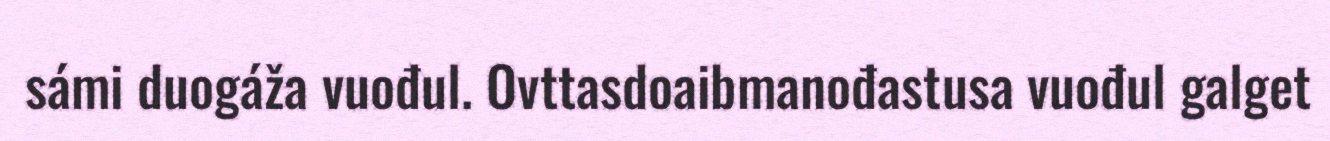
sámi duogáža vuođul. Ovttasdoaibmanođastusa vuođul galget